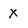
Character: X